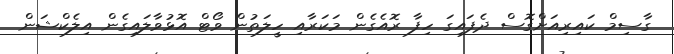
ގާސިމް ކައިރިއަށްގޮސް ދެފައިގަ ހިފާ ރޮއެގެން މަކަރާއި ހީލަތުން ވޯޓް އޮޅުވާލައިގެން އިލެކްޝަން